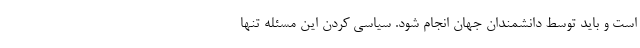
است و باید توسط دانشمندان جهان انجام شود. سیاسی کردن این مسئله تنها